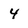
Character: 4